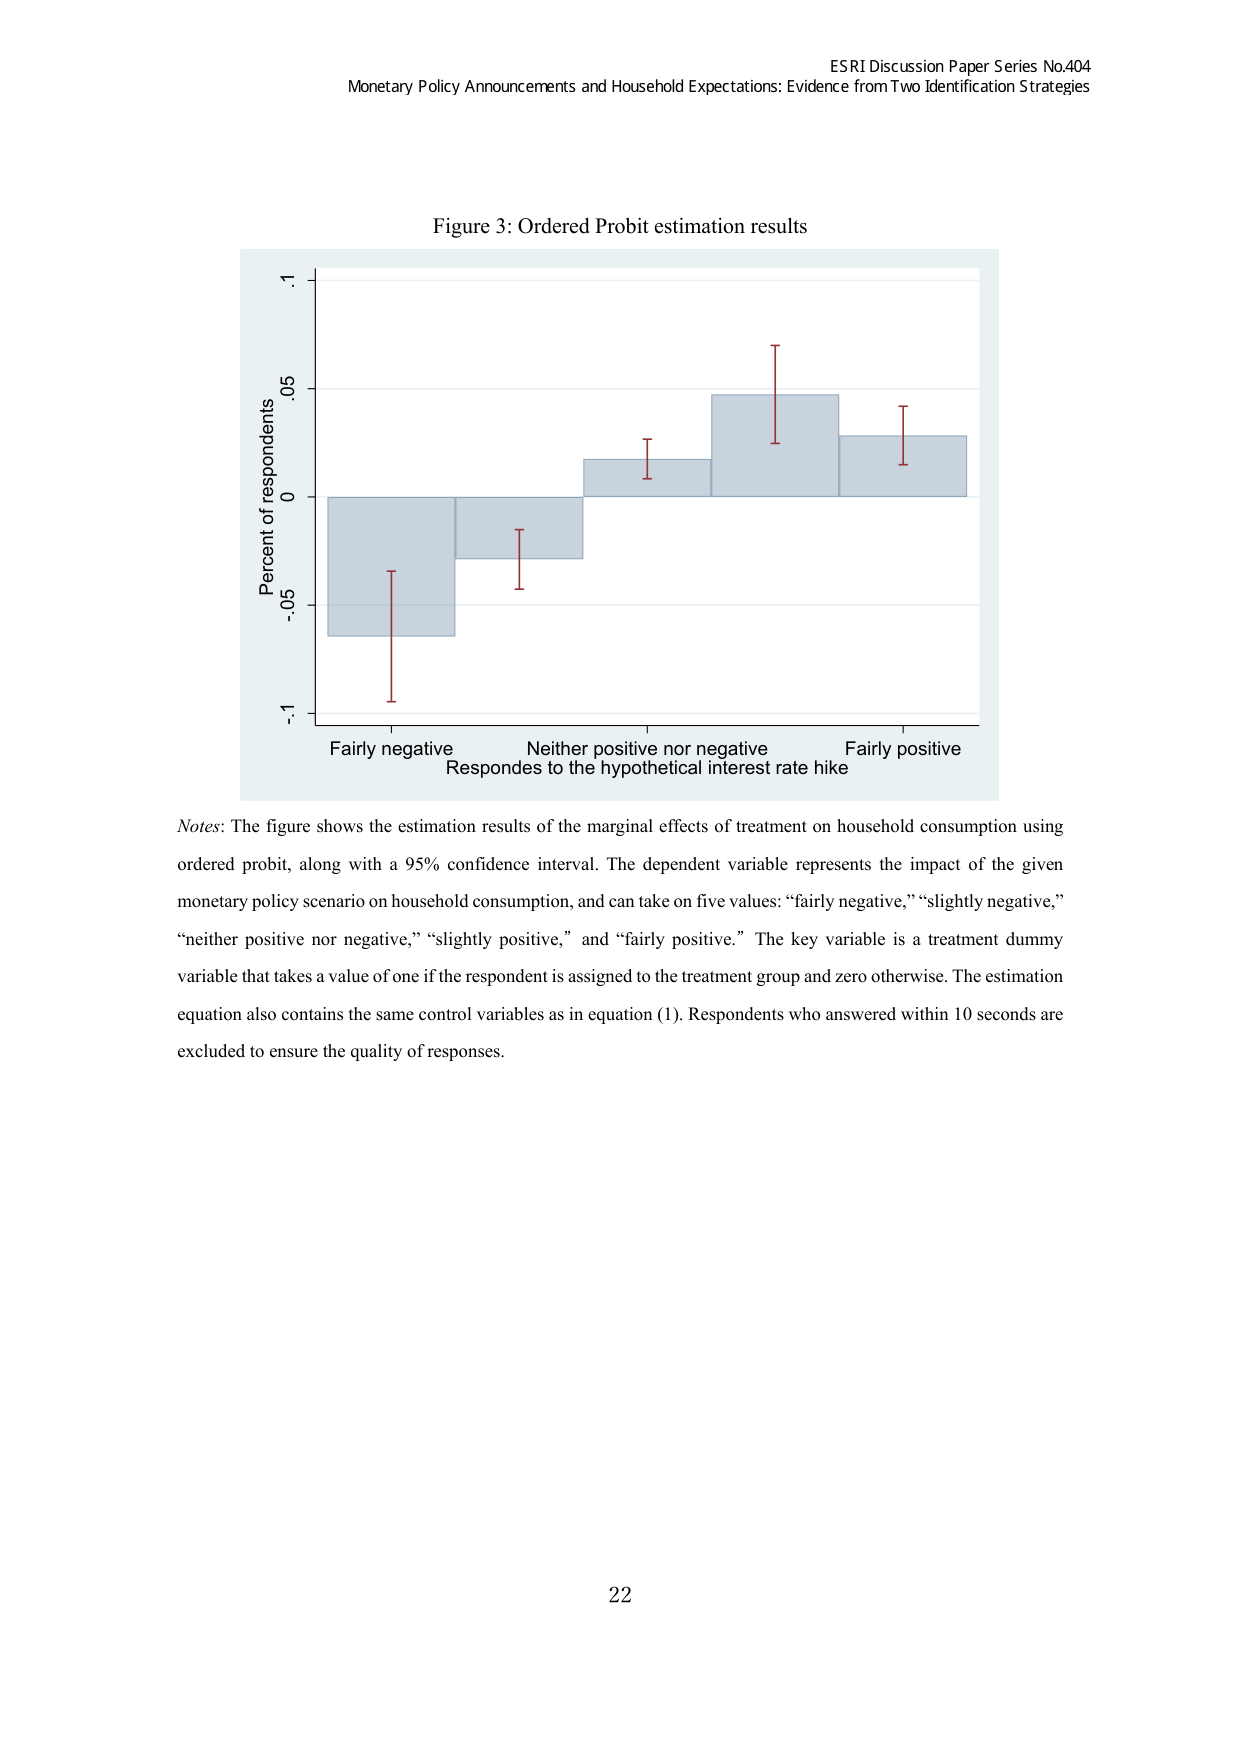
ESRI Discussion Paper Series No.404
Monetary Policy Announcements and Household Expectations: Evidence from Two Identification Strategies

Figure 3: Ordered Probit estimation results

Percent of respondents
.1
.05
0
-.05
-.1

Fairly negative
Neither positive nor negative
Fairly positive
Responds to the hypothetical interest rate hike

Notes: The figure shows the estimation results of the marginal effects of treatment on household consumption using ordered probit, along with a 95% confidence interval. The dependent variable represents the impact of the given monetary policy scenario on household consumption, and can take on five values: “fairly negative,” “slightly negative,” “neither positive nor negative,” “slightly positive,” and “fairly positive.” The key variable is a treatment dummy variable that takes a value of one if the respondent is assigned to the treatment group and zero otherwise. The estimation equation also contains the same control variables as in equation (1). Respondents who answered within 10 seconds are excluded to ensure the quality of responses.

22